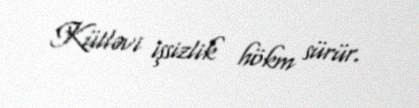
Kütləvi işsizlik hökm sürür.